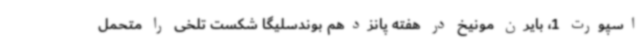
اسپورت 1، بایرن مونیخ در هفته پانزدهم بوندسلیگا شکست تلخی را متحمل